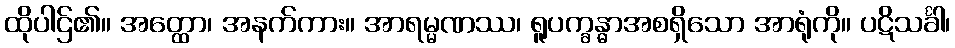
ထိုပါဌ်၏။ အတ္ထော၊ အနက်ကား။ အာရမ္မဏဿ၊ ရူပက္ခန္ဓာအစရှိသော အာရုံကို။ ပဋိသင်္ခါ၊